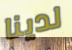
لدينا